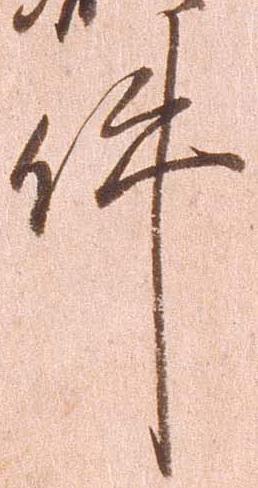
件